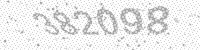
Solution: 382098